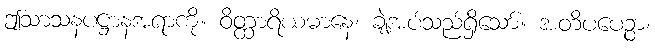
ဤသာသနပဋ္ဌာနအရာကို။ ဝိတ္ထာရိယမာနေ၊ ချဲ့အပ်သည်ရှိသော်။ အတိပပေဉ္စာ၊